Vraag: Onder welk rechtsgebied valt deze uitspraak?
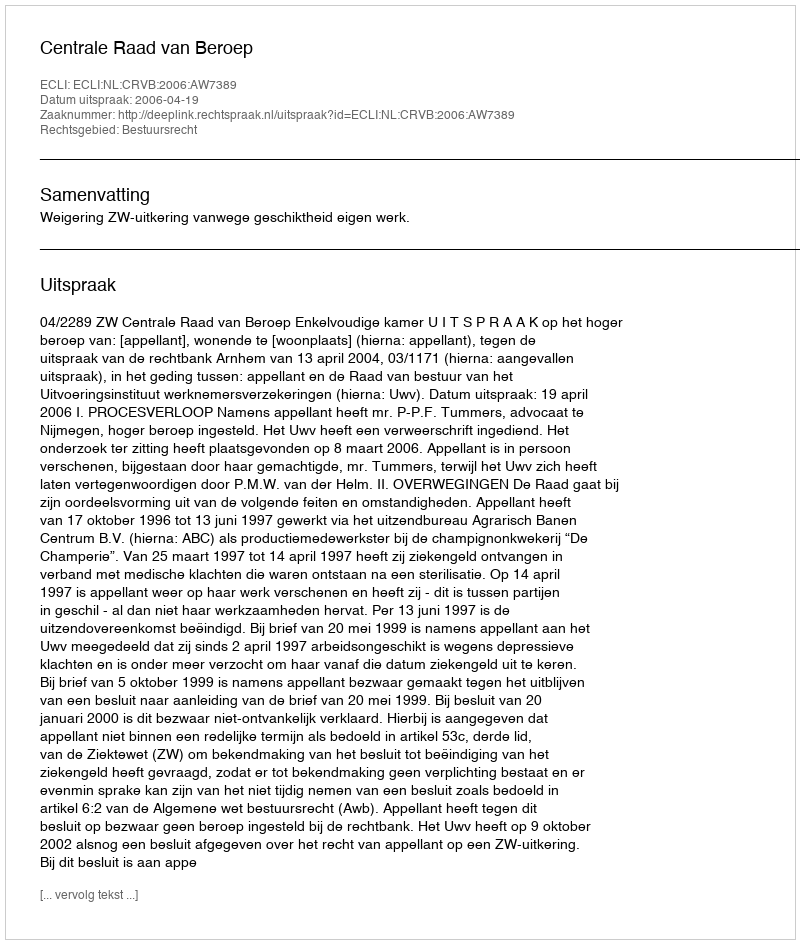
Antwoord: Bestuursrecht